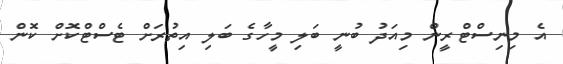
އެ މިނިސްޓްރީން މިއަދު ބުނީ ބަލި މީހާގެ ބަލި އިތުރަށް ޓެސްޓްކޮށް ކޮން